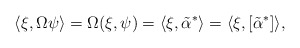
\begin{align*}\langle \xi, \Omega \psi \rangle= \Omega(\xi,\psi)= \langle \xi, \tilde{\alpha}^* \rangle= \langle \xi, [\tilde{\alpha}^*] \rangle ,\end{align*}